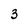
Character: 3